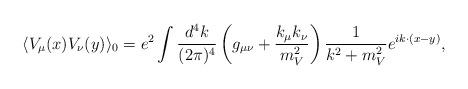
LaTeX: \begin{align*}\langle V_{\mu}(x) V_{\nu}(y)\rangle_{0}=e^{2}\int\frac{d^{4}k}{(2\pi)^{4}} \left(g_{\mu\nu}+\frac{k_{\mu}k_{\nu}}{m_{V}^{2}}\right) \frac{1}{k^{2}+m_{V}^{2}}e^{ik\cdot(x-y)},\end{align*}